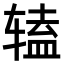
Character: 𫐔